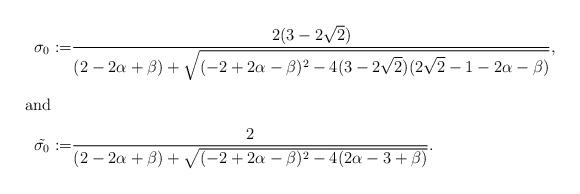
LaTeX: \begin{align*}\sigma_{0}:=&\dfrac{2(3-2\sqrt{2})}{(2-2\alpha+\beta)+\sqrt{(-2+2\alpha-\beta)^2-4(3-2\sqrt{2})(2\sqrt{2}-1-2\alpha-\beta)}},\intertext{and}\tilde{\sigma_{0}} :=&\dfrac{2}{(2-2\alpha+\beta)+\sqrt{(-2+2\alpha-\beta)^2-4(2\alpha-3+\beta)}}.\end{align*}